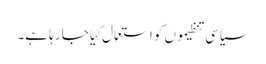
سیاسی تنظیموں کو استعمال کِیا جا رہا ہے۔